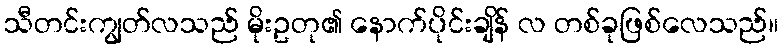
သီတင်းကျွတ်လသည် မိုးဥတု၏ နောက်ပိုင်းချိန် လ တစ်ခုဖြစ်လေသည်။